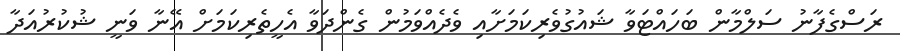
ރަސްގެފާނު ސަލްމާން ބަހައްޓަވާ ޝައުގުވެރިކަމަށާއި ވެދެއްވަމުން ގެންދަވާ އެހީތެރިކަމަށް އޭނާ ވަނީ ޝުކުރުއަދާ